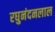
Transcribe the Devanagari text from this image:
रघुनंदनलाल